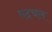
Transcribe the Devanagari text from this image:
बदचल